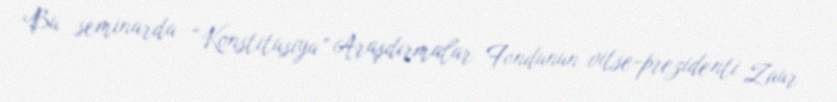
Bu seminarda “Konstitusiya” Araşdırmalar Fondunun vitse-prezidenti Zaur